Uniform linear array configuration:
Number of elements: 4
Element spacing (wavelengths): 0.75
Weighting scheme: binomial
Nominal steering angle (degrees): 15
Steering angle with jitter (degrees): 14.54
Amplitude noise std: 0.05
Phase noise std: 0.05

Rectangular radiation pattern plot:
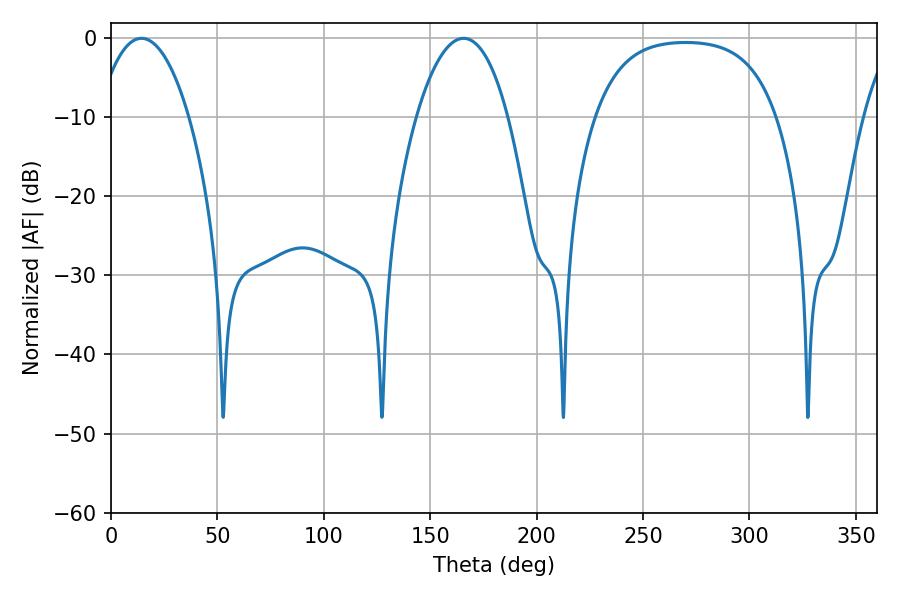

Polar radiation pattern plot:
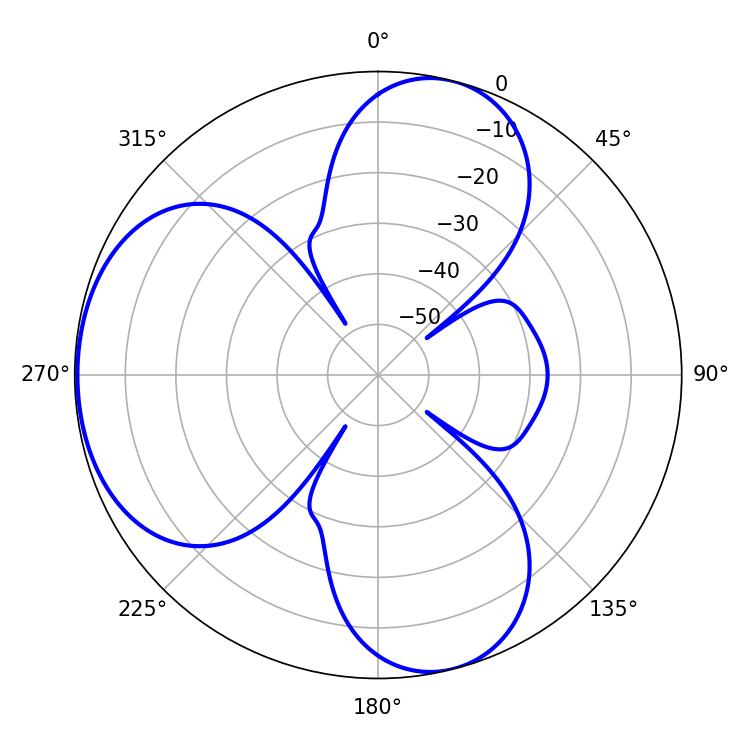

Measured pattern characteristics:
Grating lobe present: TRUE
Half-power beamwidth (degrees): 24.12
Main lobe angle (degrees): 14.4